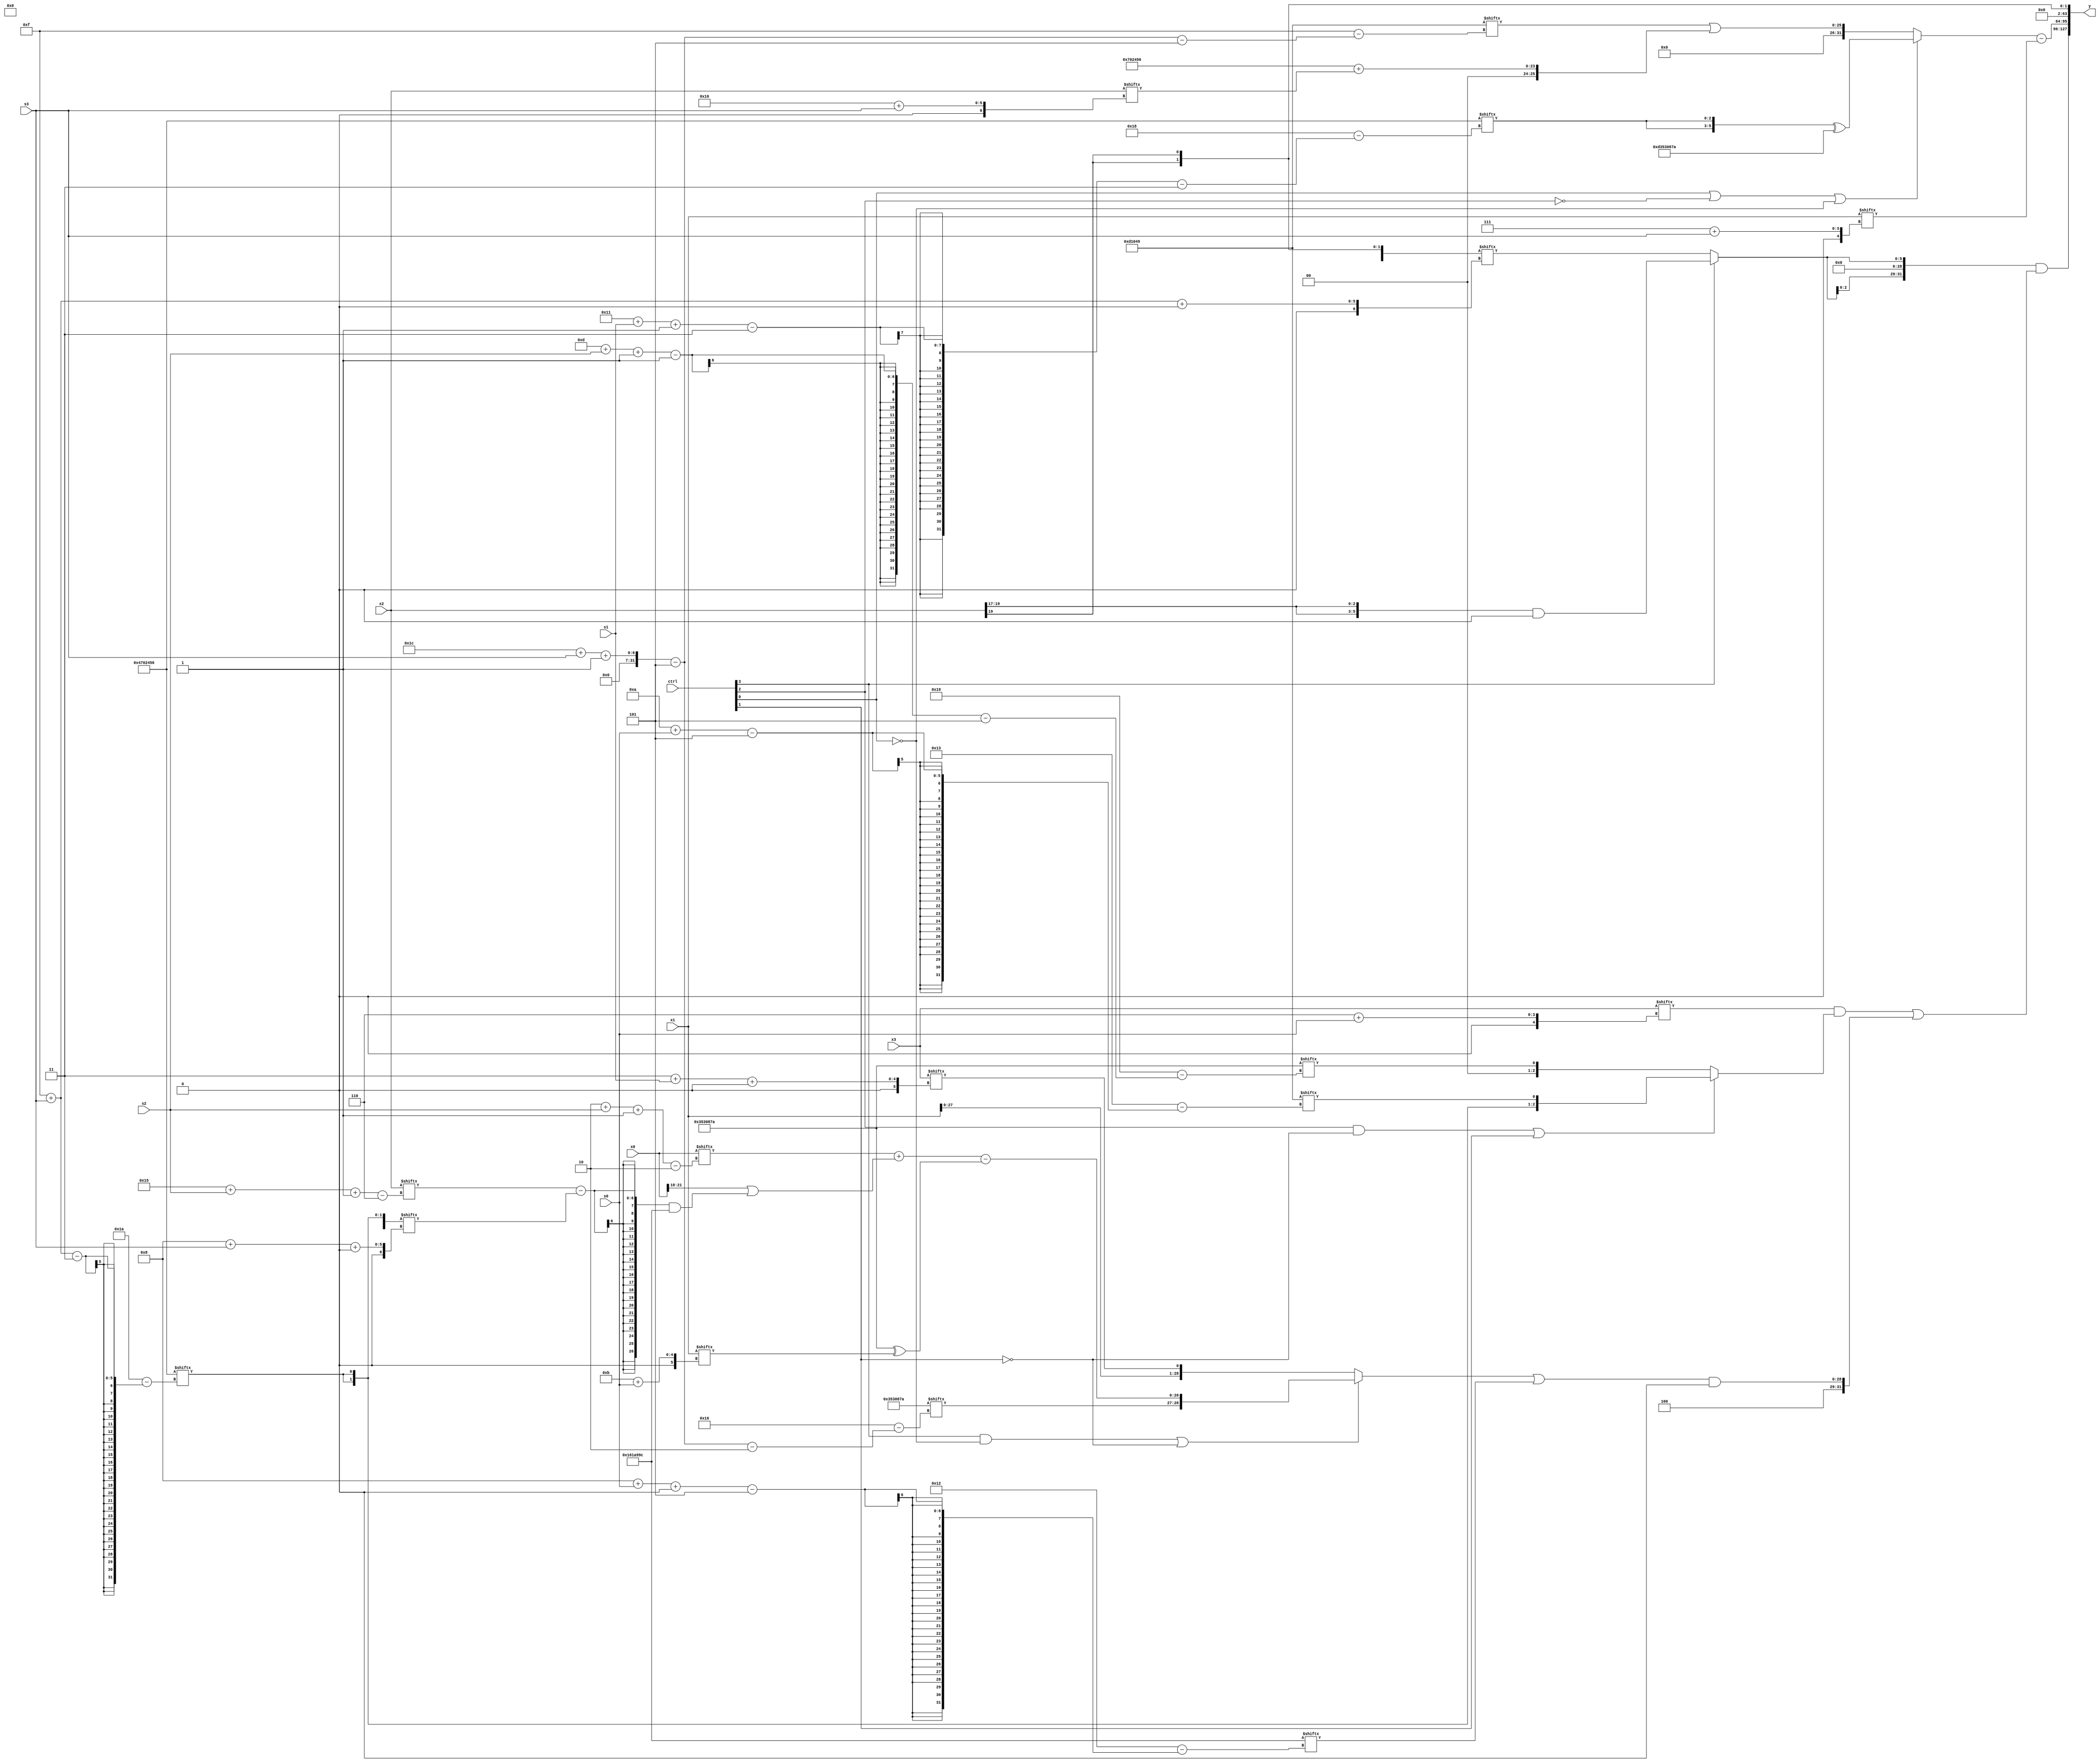
module partsel_00862(ctrl, s0, s1, s2, s3, x0, x1, x2, x3, y);
  input [3:0] ctrl;
  input [2:0] s0;
  input [2:0] s1;
  input [2:0] s2;
  input [2:0] s3;
  input signed [31:0] x0;
  input signed [31:0] x1;
  input [31:0] x2;
  input signed [31:0] x3;
  wire [26:1] x4;
  wire [31:7] x5;
  wire signed [26:0] x6;
  wire [30:0] x7;
  wire signed [3:31] x8;
  wire signed [4:25] x9;
  wire signed [27:0] x10;
  wire [31:6] x11;
  wire [30:6] x12;
  wire signed [30:2] x13;
  wire [5:30] x14;
  wire signed [26:2] x15;
  output [127:0] y;
  wire [31:0] y0;
  wire [31:0] y1;
  wire signed [31:0] y2;
  wire signed [31:0] y3;
  assign y = {y0,y1,y2,y3};
  localparam [2:28] p0 = 189991034;
  localparam [5:29] p1 = 828483996;
  localparam signed [3:29] p2 = 342893654;
  localparam [5:24] p3 = 315428937;
  assign x4 = (p3[28 + s3 -: 5] | (p2 + x2[16 + s3]));
  assign x5 = {2{x2[17 +: 3]}};
  assign x6 = {2{p2[15 + s3]}};
  assign x7 = x0[14];
  assign x8 = ((ctrl[3] && !ctrl[0] || !ctrl[1] ? {p0[28 + s3 -: 5], ((x0[2 + s2 -: 2] + (x0[18 +: 4] | ((x2[21 + s2 -: 6] - x6[8 + s3 +: 4]) & p1))) - (p0 ^ x1[11 + s0]))} : {x1, x3[3 + s1 +: 1]}) | p1[8 + s0 +: 7]);
  assign x9 = (x2[12] & (p2 + x4[8 + s2]));
  assign x10 = {2{(x5[9] & p0[22 -: 1])}};
  assign x11 = x4;
  assign x12 = (ctrl[1] && ctrl[2] || !ctrl[1] ? p1 : x6[17]);
  assign x13 = p3[11];
  assign x14 = p0;
  assign x15 = ((x12 | {(p2[23] ^ {(p2[30 + s0 +: 8] + p3[22]), x4[18]}), p3[18 +: 3]}) - (x3[17] + {x7[9 +: 1], (ctrl[3] || !ctrl[3] || !ctrl[1] ? (x2 - p1[31 + s3 -: 6]) : p3[17 -: 1])}));
  assign y0 = ({2{(!ctrl[3] || !ctrl[2] && ctrl[2] ? x10[15 + s3 +: 6] : (x5 & x13))}} & ((x3[6 + s0] & (ctrl[2] && !ctrl[1] || ctrl[1] ? {x6, p3[10 + s0]} : x14[13 + s2 -: 1])) | {(x3[8 +: 4] ^ (x9 + p1[18])), {(p2 ^ p0), (x8 & p2[11 +: 4])}}));
  assign y1 = ((ctrl[0] || !ctrl[2] || !ctrl[0] ? {(x15[5 + s2 -: 8] + p1[16 + s3 +: 6]), ({2{p2[17 + s1 -: 3]}} ^ {2{p0}})} : x4) - x1[7 + s3]);
  assign y2 = p3[20 -: 2];
  assign y3 = x10;
endmodule